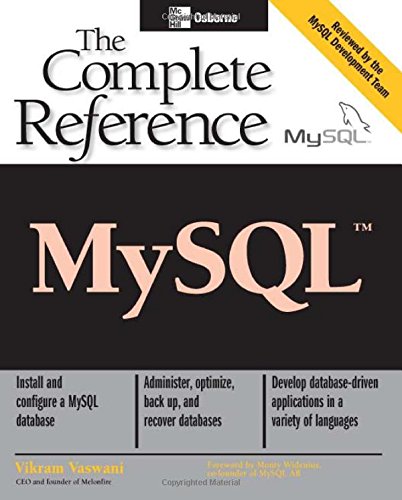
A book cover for MySQL(TM): The Complete Reference; Vikram Vaswani; Computers & Technology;